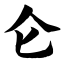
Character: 仑